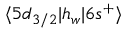
\langle 5 d _ { 3 / 2 } | h _ { w } | 6 s ^ { + } \rangle